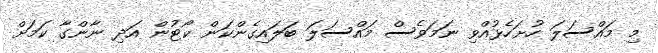
މި މައްސަލަ ހުށަހެޅުއްވި ނަމަވެސް މައްސަލަ ބަލައިގެންކަން ކޯޓުން އަދި ނާންގާ ކަމަށް